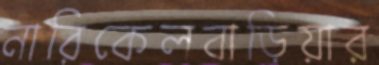
নারিকেলবাড়িয়ার